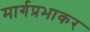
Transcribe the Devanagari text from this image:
मार्गप्रभाकर